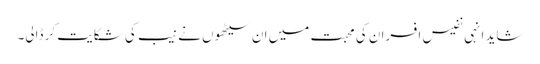
شاید انہی نفیس افسران کی محبت میں ان سیٹھوں نے نیب کی شکایت کر ڈالی۔